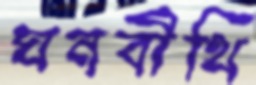
ঘনবীথি